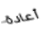
أعادة